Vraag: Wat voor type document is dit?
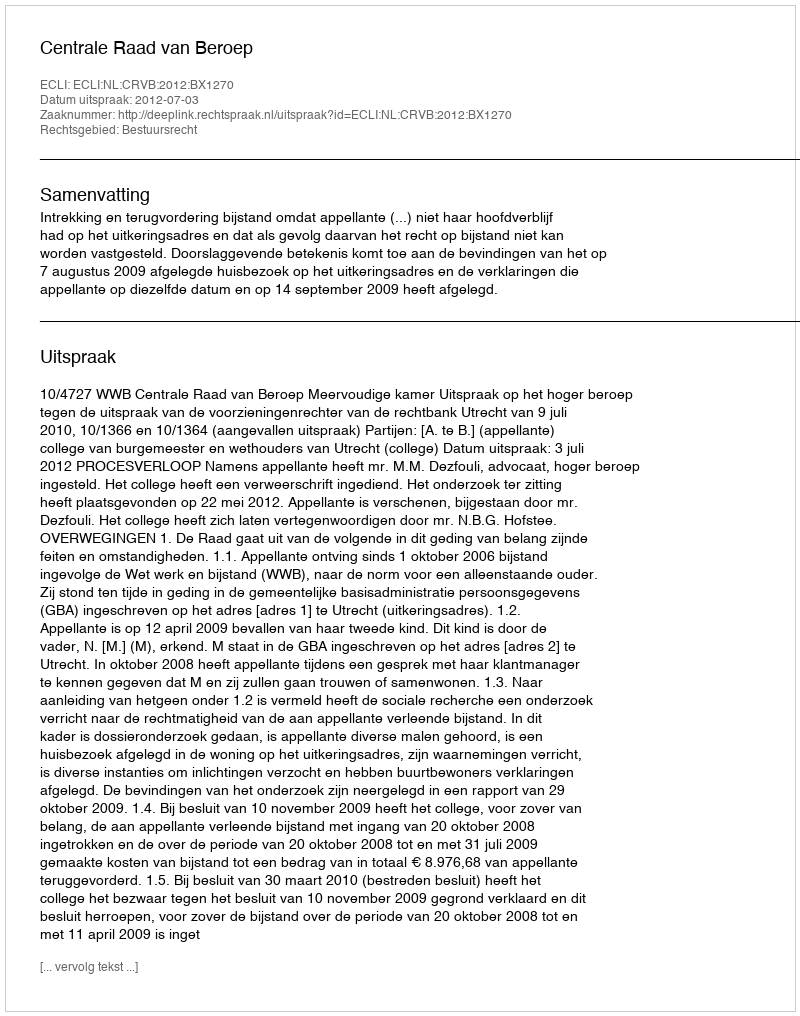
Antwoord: Uitspraak